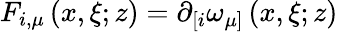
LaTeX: F_{i,\mu}\left(x,\xi;z\right)=\partial_{\lbrack i}\omega_{\mu]}\left(x,\xi;z\right)